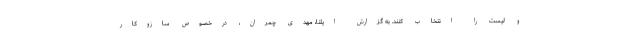
و لیست را انتخاب کنند. به گزارش ایلنا، مهدی چمران، درخصوص سازوکار